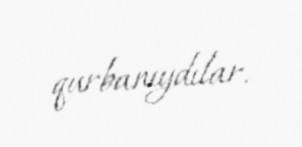
qurbanıydılar.